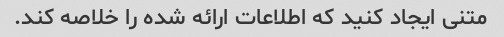
متنی ایجاد کنید که اطلاعات ارائه شده را خلاصه کند.